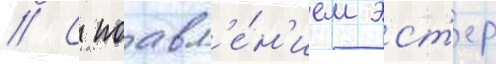
// С поавл'е́н'ием эст'ер